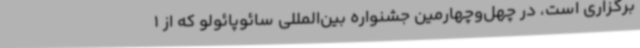
برگزاری است، در چهل‌وچهارمین جشنواره بین‌المللی سائوپائولو که از 1